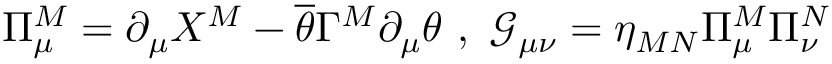
\Pi _ { \mu } ^ { M } = \partial _ { \mu } X ^ { M } - \overline { { { \theta } } } \Gamma ^ { M } \partial _ { \mu } \theta \ , \ \mathcal { G } _ { \mu \nu } = \eta _ { M N } \Pi _ { \mu } ^ { M } \Pi _ { \nu } ^ { N }